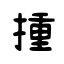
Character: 揰